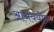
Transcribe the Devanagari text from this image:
आश्रययोग